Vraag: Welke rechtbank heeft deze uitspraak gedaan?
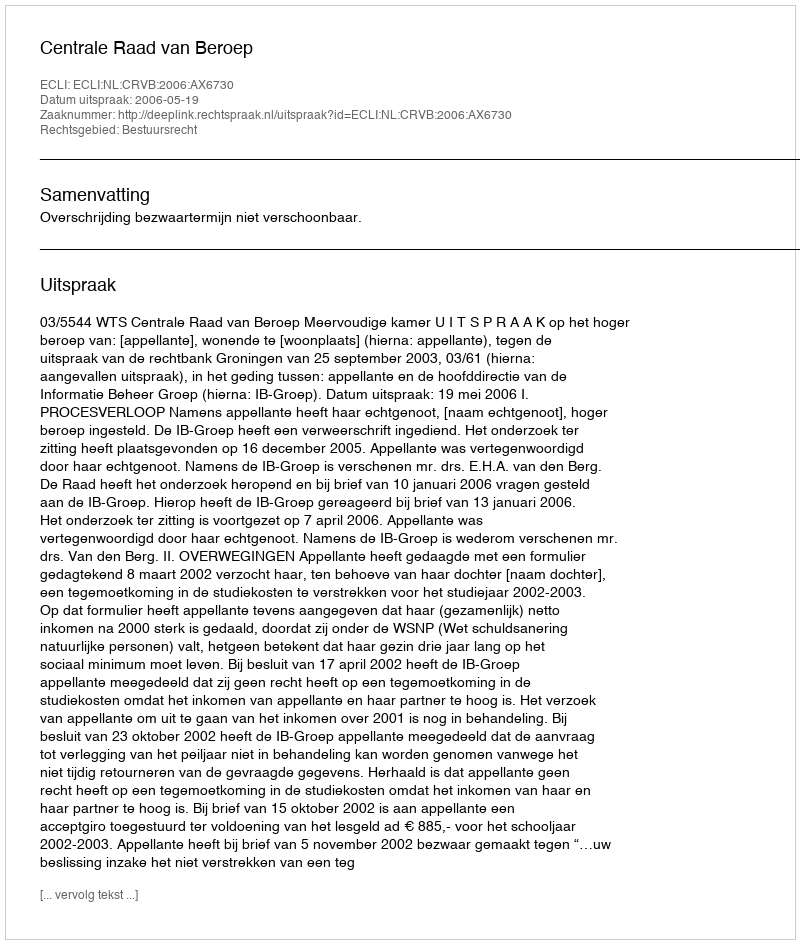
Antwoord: Centrale Raad van Beroep